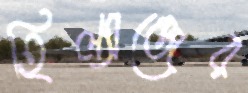
হিল্যান্ডের